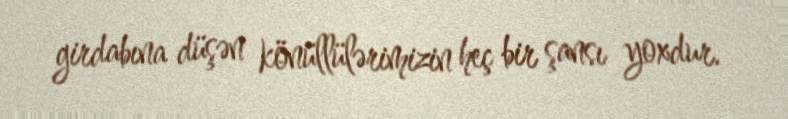
girdabına düşən könüllülərimizin heç bir şansı yoxdur.